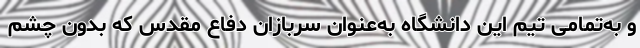
و به‌تمامی تیم این دانشگاه به‌عنوان سربازان دفاع مقدس که بدون چشم